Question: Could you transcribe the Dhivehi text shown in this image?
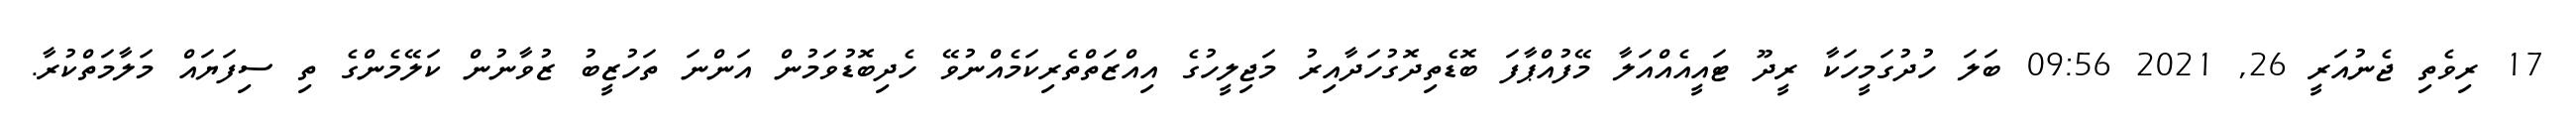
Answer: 17 ރިވެތި ޖެނުއަރީ 26, 2021 09:56 ބަލަ ހުދުގަމީހަކާ ރީދޫ ޓައީއެއްއަލާ މޭފުއްޕާފަ ބޮޑެތިދޮގުހަދާއިރު މަޖިލީހުގެ އިއްޒަތްތެރިކަމެއްނުވޭ ހެދިބޮޑުވަމުން އަންނަ ތަހުޒީބު ޒުވާނުން ކަލޭމެންގެ ތި ސިފަޔައް މަލާމަތްކުރާ.